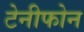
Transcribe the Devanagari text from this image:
टेनीफोन